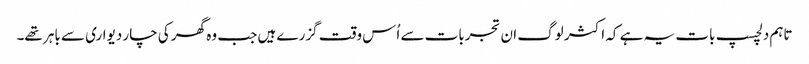
تاہم دلچسپ بات یہ ہے کہ اکثر لوگ ان تجربات سے اُس وقت گزرے ہیں جب وہ گھر کی چار دیواری سے باہر تھے۔